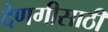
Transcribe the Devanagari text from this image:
देणगीसाठी